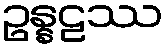
ဥန္နဠဿ